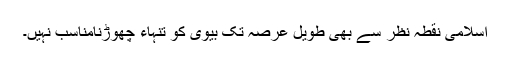
اسلامی نقطہ نظر سے بھی طویل عرصہ تک بیوی کو تنہاء چھوڑنامناسب نہیں۔